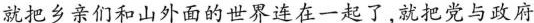
就把乡亲们和山外面的世界连在一起了，就把党与政府